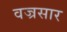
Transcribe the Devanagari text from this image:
वज्रसार